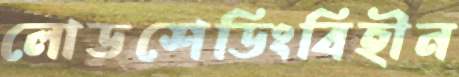
লোডশেডিংবিহীন